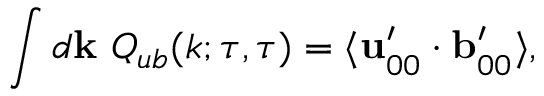
\int d { \bf { k } } \ Q _ { u b } ( k ; \tau , \tau ) = \langle { { \bf { u } } _ { 0 0 } ^ { \prime } \cdot { \bf { b } } _ { 0 0 } ^ { \prime } } \rangle ,